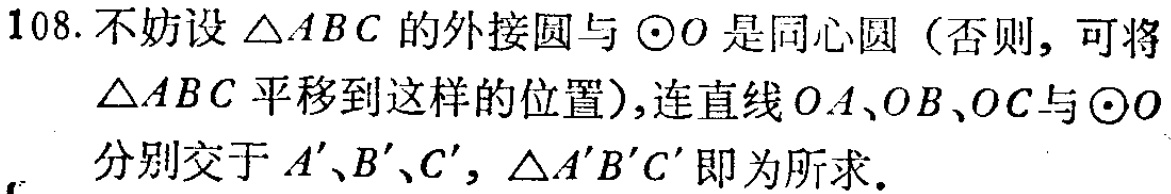
108. 不妨设 \(\triangle ABC\) 的外接圆与 \(\odot O\) 是同心圆（否则, 可将 \(\triangle ABC\) 平移到这样的位置）,连直线 \(OA、OB、OC\) 与 \(\odot O\) 分别交于 \(A'、B'、C'\)，\(\triangle A'B'C'\) 即为所求.